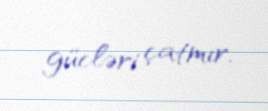
gücləri çatmır.